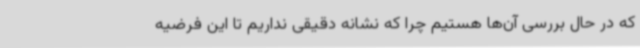
که در حال بررسی آن‌ها هستیم چرا که نشانه دقیقی نداریم تا این فرضیه